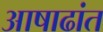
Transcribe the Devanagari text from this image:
आषाढांत